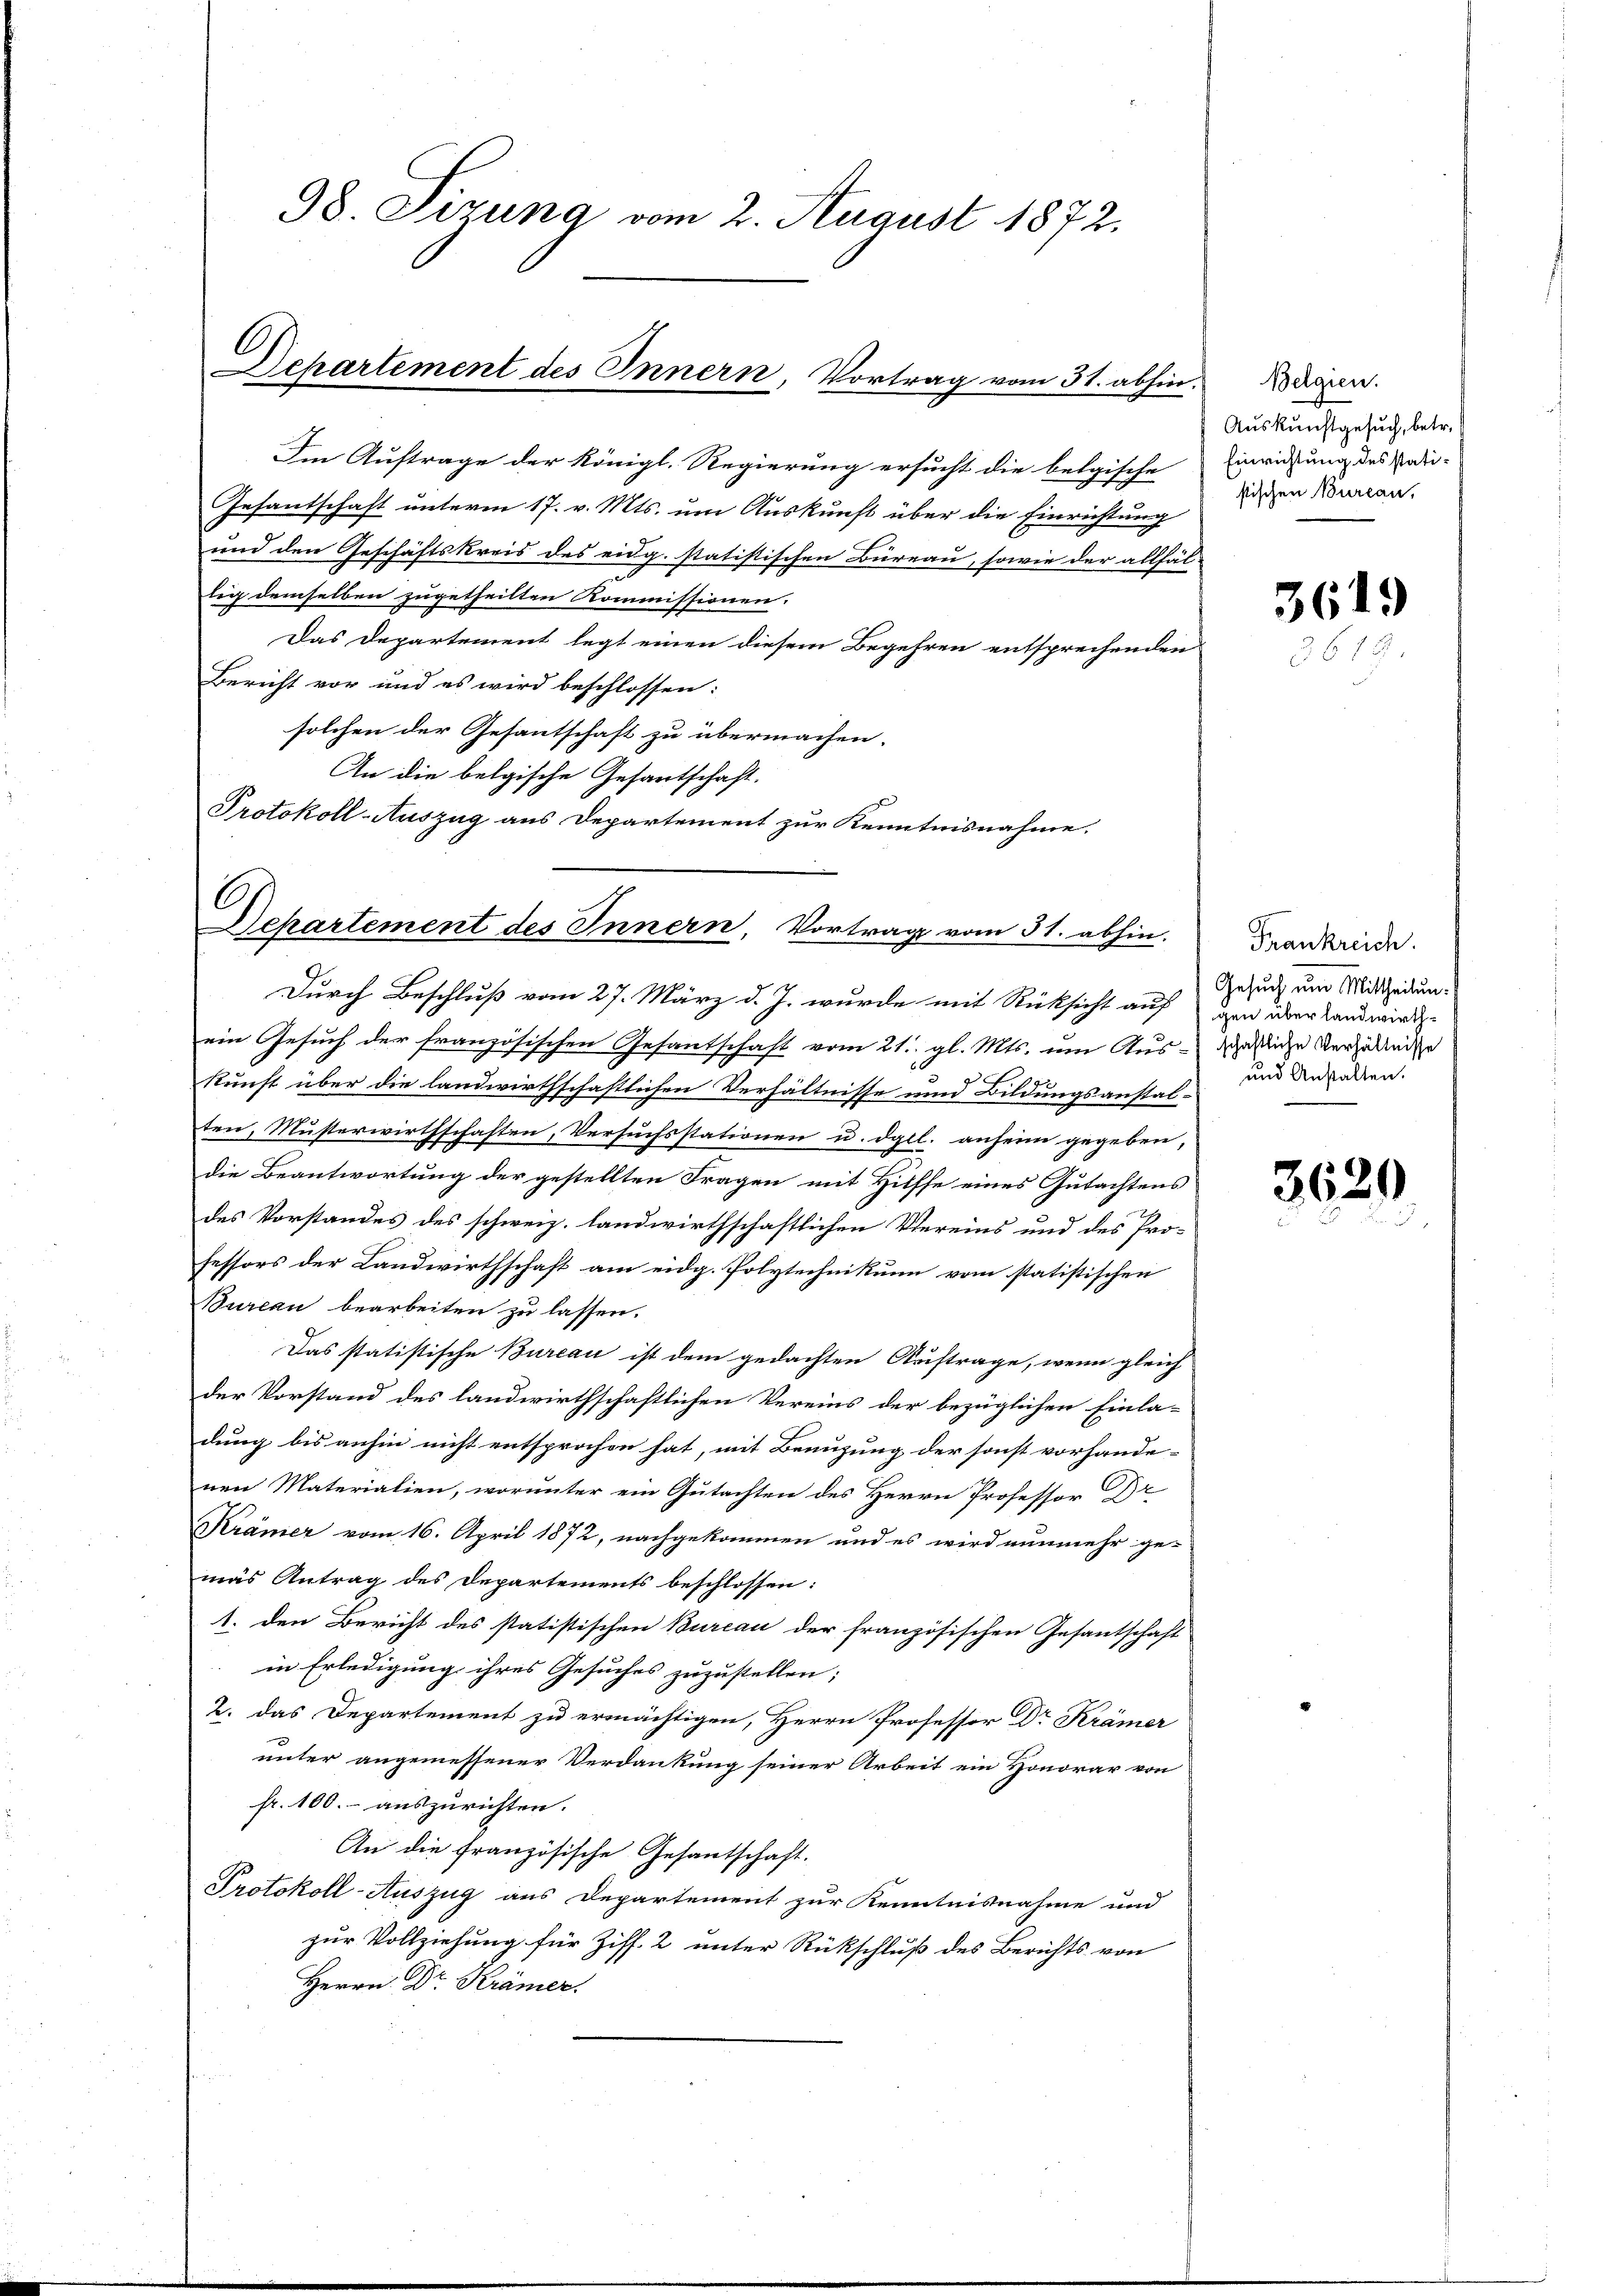
98. Sizung vom 2. August 1872.

Departement des Innern, Vortrag vom 31. abhin.

Im Auftrage der königl. Regierung ersucht die belgische
Gesantschaft unterm 17. v. Mts. um Auskunft über die Einrichtung
und den Geschäftskreis des eidg. statistischen Büreau, sowie der allfäl-
lig demselben zugetheilten Kommissionen.
Das Departement legt einen diesem Begehren entsprechenden
Bericht vor und es wird beschlossen:
solchen der Gesantschaft zu übermachen.
An die belgische Gesantschaft.
Protokoll-Auszug aus Departement zur Kenntnisnahme.

C
Departement des Innern, Vortrag vom 31. abhin.

Durch Beschluß vom 27. März d. J. wurde mit Rücksicht auf den über Landwirte
ein Gesuch der französischen Gesantschaft vom 21. gl. Mts. um Aus-deliche Verzienden
kunst über die landwirthschaftlichen Verhältnisse und Bildungsanstalten, Musterwirthschaften, Versuchsstationen u. dgl. anheim gegeben,
die Beantwortung der gestellten Fragen mit Hilfse eines Gutachtens
des Vorstandes des schweiz. landwirthschaftlichen Vereins und des Pro-
fessors der Landwirthschaft am eidg. Polytechnikum vom statistischen
Bureau bearbeiten zu lassen.
Das statistische Bureau ist dem gedachten Auftrage, wenn gleich
der Vorstand des landwirthschaftlichen Vereins der bezüglichen Einla-
dung bis anhin nicht entsprochen hat, mit Benuzung der sonst vorhande-
nen Materialien, worunter ein Gutachten des Herrn Professor Pr
Krämer vom 16. April 1872, nachgekommen und es wird nunmehr ge-
mas Antrag des Departements beschlossen:
1. den Bericht des statistischen Bureau der französischen Gesantschaft
in Erledigung ihres Gesuches zuzustellen;
2. das Departement zu ermächtigen, Herrn Professor Dr Krämer
unter angemessener Verdankung seiner Arbeit ein Honorar von
fr. 100.- auszurichten.
An die französische Gesantschaft.
Protokoll-Auszug aus Departement zur Kenntnisnahme und
zur Vollziehung für Ziff. 2 unter Rückschluß des Berichts von
Herrn Dr Krämer.

Belgien.
Auskunftgesuch, betr.
Einrichtung des statistischen Bureau,

3619

Frankreich.
Gesuch um Mittheilun¬
und Anstalten.

3629